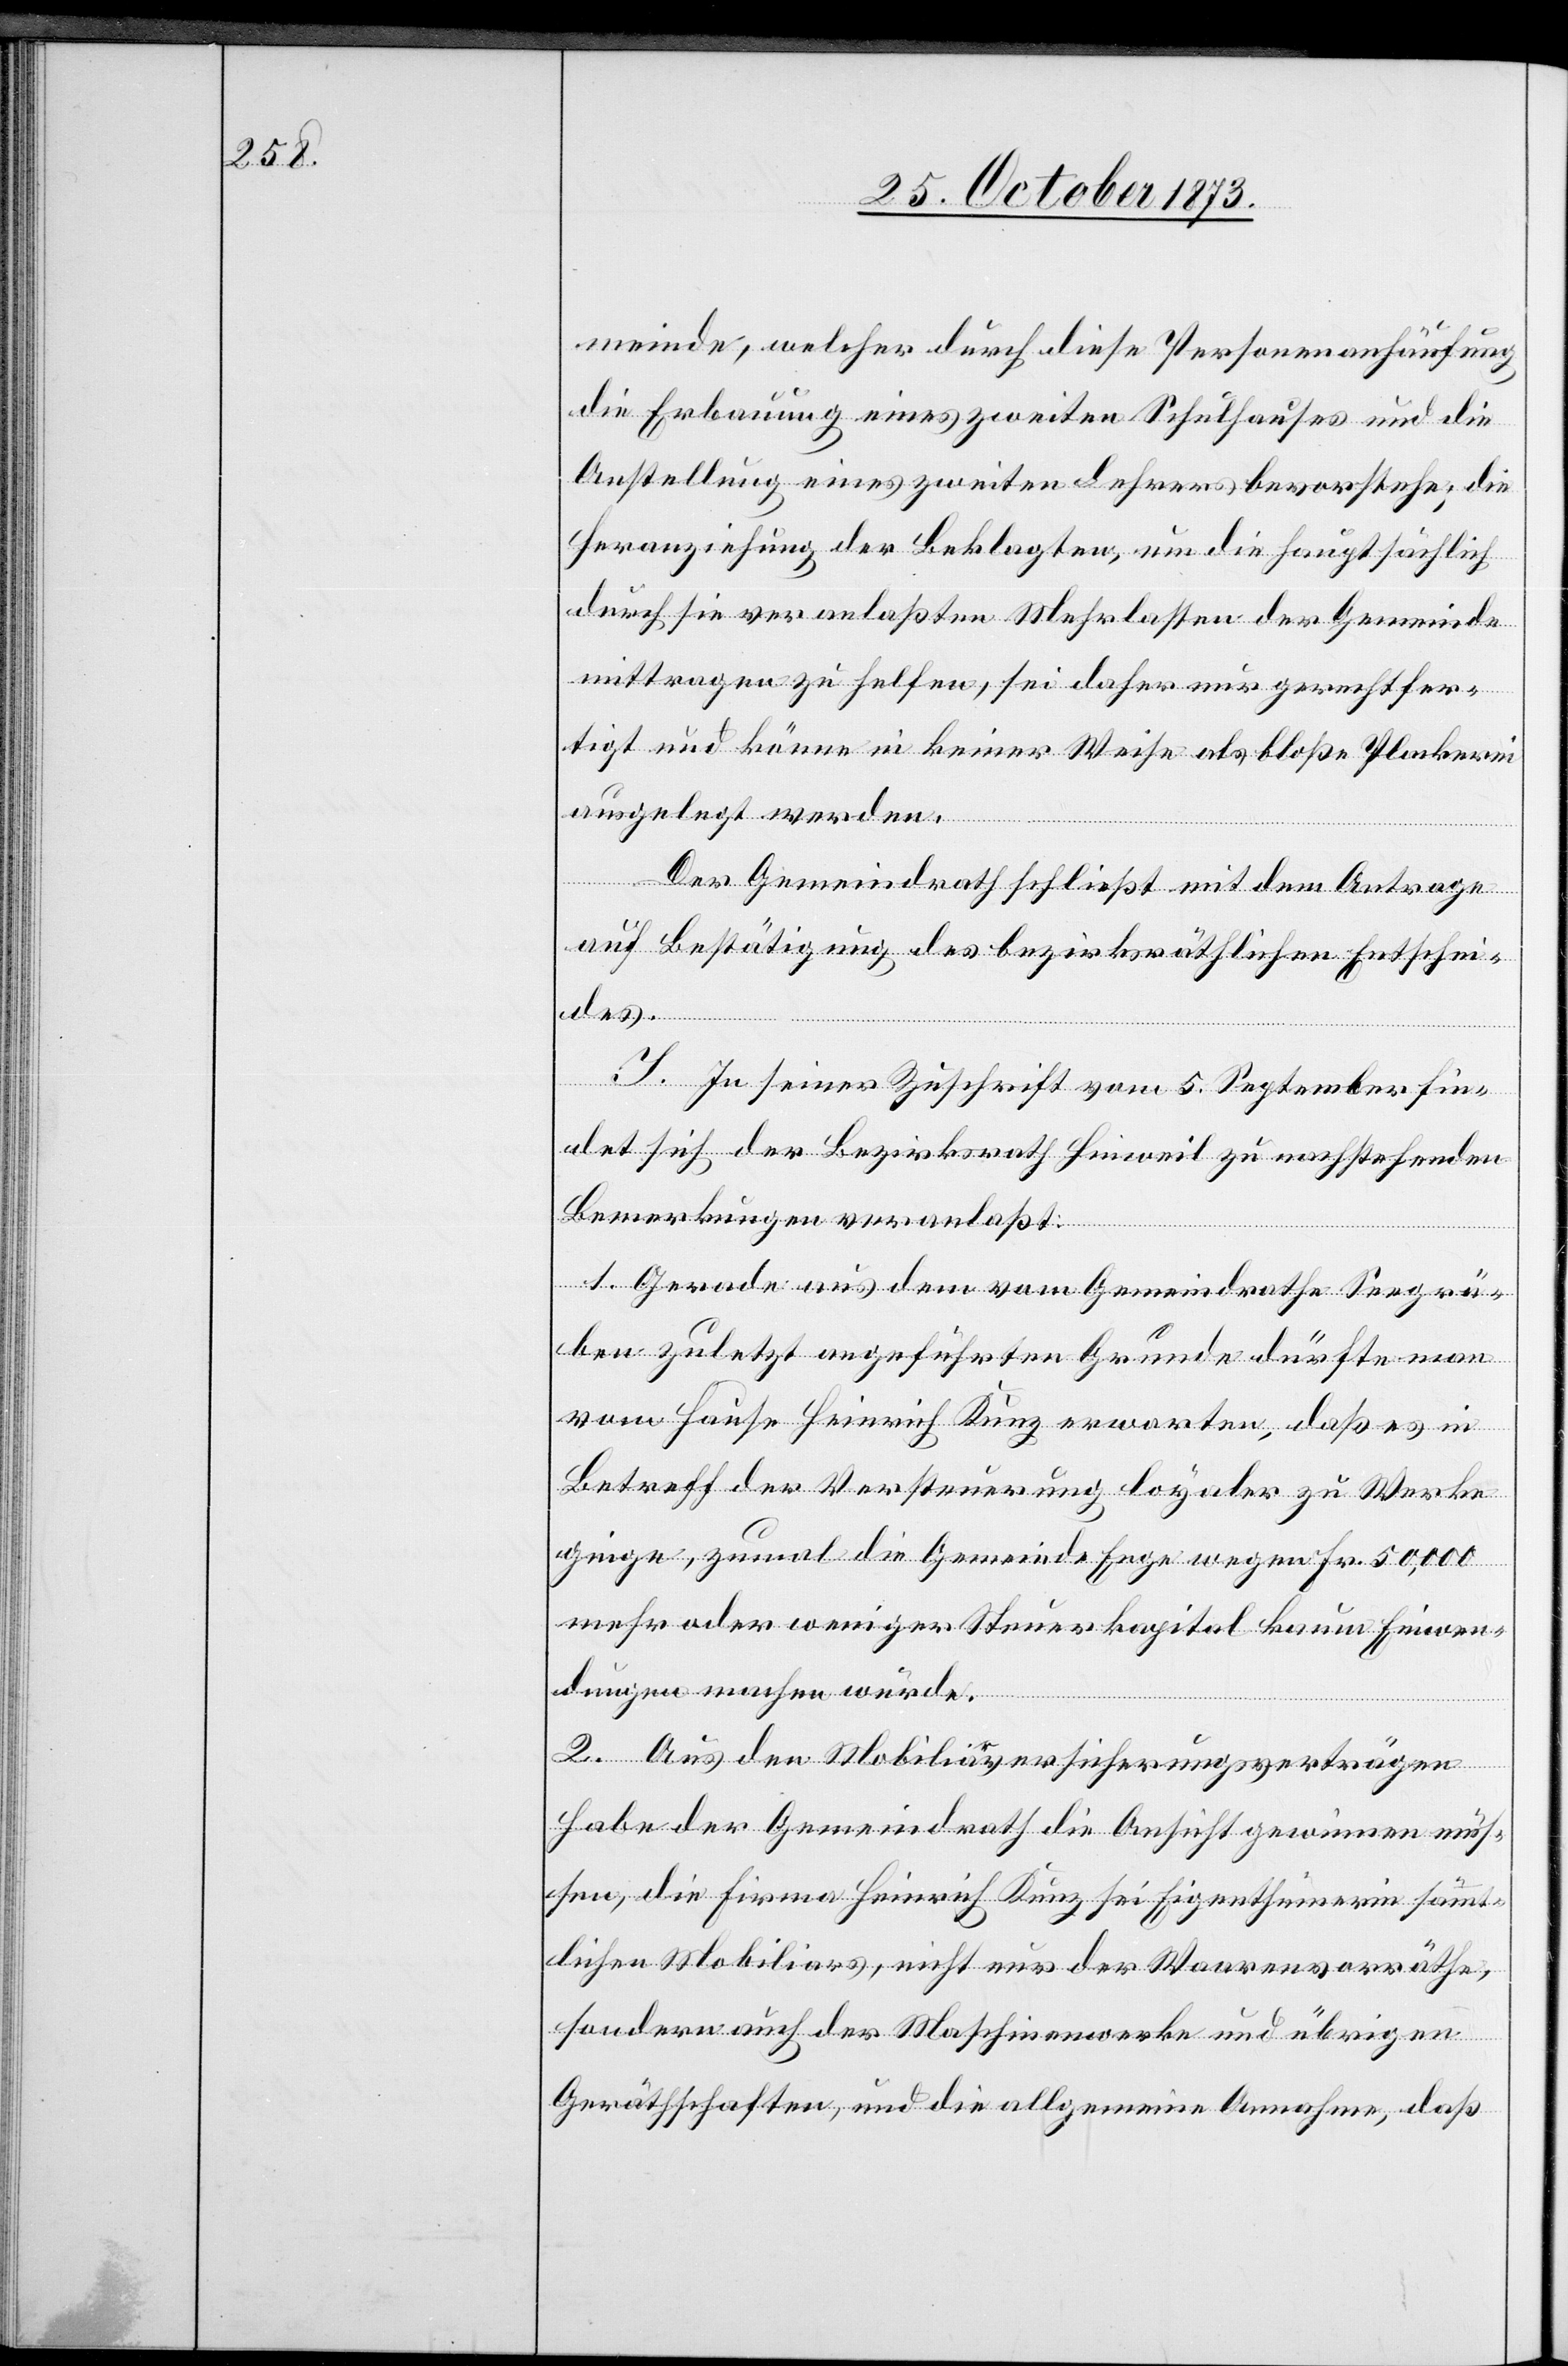
meinde, welcher durch diese Personenanhäufung
die Erbauung eines zweiten Schulhauses und die
Anstellung eines zweiten Lehrers bevorstehe; die
Heranziehung der Beklagten, um die hauptsächlich
durch sie veranlaßten Mehrlasten der Gemeinde
mittragen zu helfen, sei daher nur gerechtfer¬
tigt und könne in keiner Weise als bloße Plackerei
ausgelegt werden.
Der Gemeindrath schließt mit dem Antrage
auf Bestätigung des bezirksräthlichen Entschei¬
des.
I. In seiner Zuschrift vom 5. September fin¬
det sich der Bezirksrath Hinweil zu nachstehenden
Bemerkungen veranlaßt:
1. Gerade aus dem vom Gemeindrathe Seegrä¬
ben zuletzt angeführten Grunde dürfte man
vom Hause Heinrich Kunz erwarten, daß es in
Betreff der Versteuerung loyaler zu Werke
ginge, zumal die Gemeinde Enge wegen Fr. 50,000
mehr oder weniger Steuerkapital kaum Einwen¬
dungen machen würde.
2. Aus den Mobiliarversicherungsverträgen
habe der Gemeindrath die Ansicht gewinnen müs¬
sen, die Firma Heinrich Kunz sei Eigenthümerin sämmt¬
lichen Mobiliars, nicht nur der Waarenvorräthe,
sondern auch der Maschinenwerke und übrigen
Geräthschaften, und die allgemeine Annahme, daß